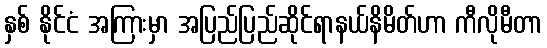
နှစ် နိုင်ငံ အကြားမှာ အပြည်ပြည်ဆိုင်ရာနယ်နိမိတ်ဟာ ကီလိုမီတာ